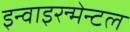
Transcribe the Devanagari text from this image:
इन्वाइरन्मेन्टल